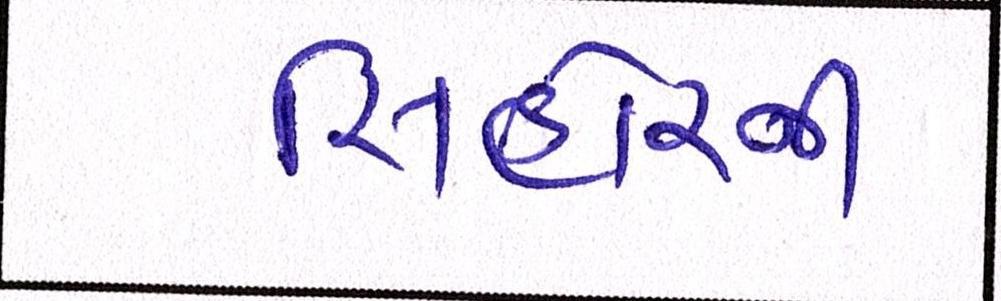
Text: સિહોરની